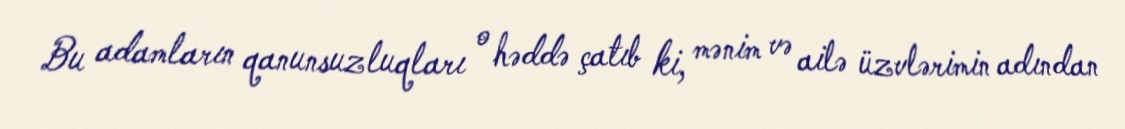
Bu adamların qanunsuzluqları o həddə çatıb ki, mənim və ailə üzvlərimin adından